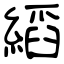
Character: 縚